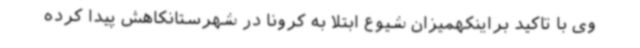
وی با تاکید براینکهمیزان شیوع ابتلا به کرونا در شهرستانکاهش پیدا کرده